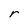
Character: r